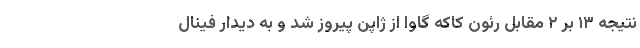
نتیجه ۱۳ بر ۲ مقابل رئون کاکه گاوا از ژاپن پیروز شد و به دیدار فینال